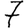
Digit: 7